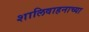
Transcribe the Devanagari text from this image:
शालिवाहनाच्या